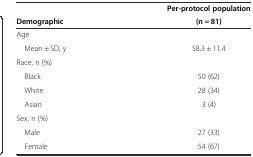
<table><thead><tr><td></td><td><b>Per-protocol population</b></td></tr><tr><td><b>Demographic</b></td><td><b>(n = 81)</b></td></tr></thead><tbody><tr><td>Age</td><td></td></tr><tr><td> Mean ± SD, y</td><td>58.3 ± 11.4</td></tr><tr><td>Race, n (%)</td><td></td></tr><tr><td> Black</td><td>50 (62)</td></tr><tr><td> White</td><td>28 (34)</td></tr><tr><td> Asian</td><td>3 (4)</td></tr><tr><td>Sex, n (%)</td><td></td></tr><tr><td> Male</td><td>27 (33)</td></tr><tr><td> Female</td><td>54 (67)</td></tr></tbody></table>